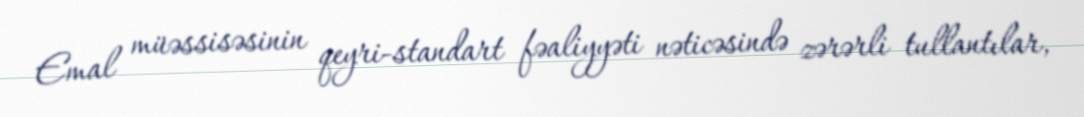
Emal müəssisəsinin qeyri-standart fəaliyyəti nəticəsində zərərli tullantılar,